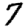
Digit: 7